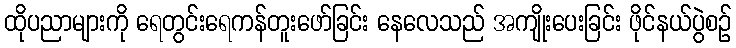
ထိုပညာများကို ရေတွင်းရေကန်တူးဖော်ခြင်း နေလေသည် အကျိုးပေးခြင်း ဖိုင်နယ်ပွဲစဉ်